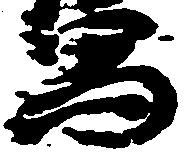
写